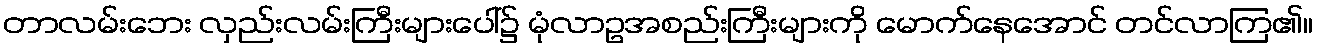
တာလမ်းဘေး လှည်းလမ်းကြီးများပေါ်၌ မုံလာဥအစည်းကြီးများကို မောက်နေအောင် တင်လာကြ၏။